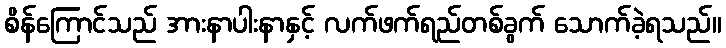
စိန်ကြောင်သည် အားနာပါးနာနှင့် လက်ဖက်ရည်တစ်ခွက် သောက်ခဲ့ရသည်။